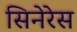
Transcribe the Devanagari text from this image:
सिनेरेस